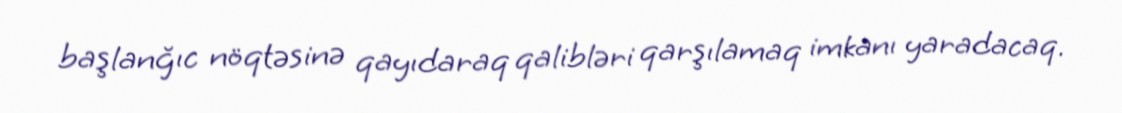
başlanğıc nöqtəsinə qayıdaraq qalibləri qarşılamaq imkanı yaradacaq.